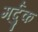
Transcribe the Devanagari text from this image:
मर्दुक